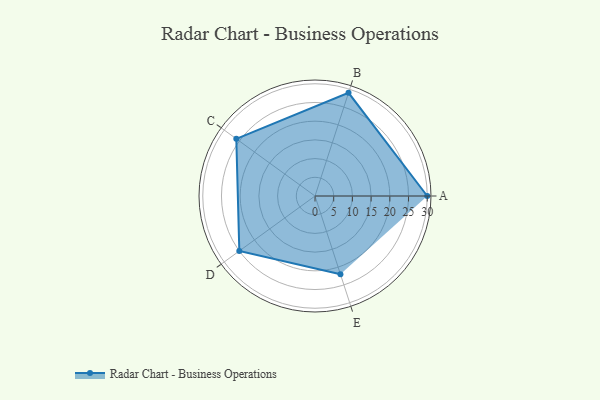
{"axis": {"x": "Skill", "y": "Score"}, "legend": ["Profile"], "data": [{"x": "A", "y": 30.0, "type": "Profile"}, {"x": "B", "y": 29.0, "type": "Profile"}, {"x": "C", "y": 26.0, "type": "Profile"}, {"x": "D", "y": 25.0, "type": "Profile"}, {"x": "E", "y": 22.0, "type": "Profile"}]}